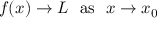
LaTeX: f ( x ) \to L \ \ { \mathrm { a s } } \ \ x \to x _ { 0 }